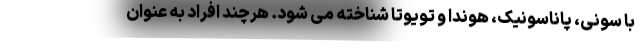
با سونی، پاناسونیک، هوندا و تویوتا شناخته می شود. هرچند افراد به عنوان